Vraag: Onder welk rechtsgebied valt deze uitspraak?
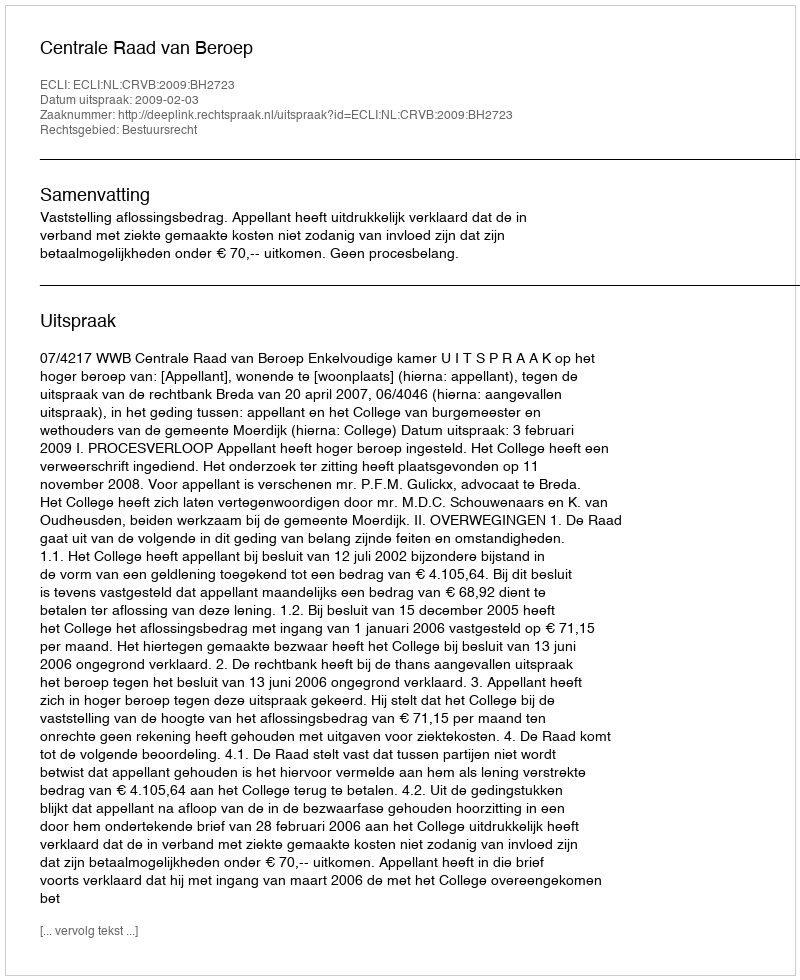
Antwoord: Bestuursrecht